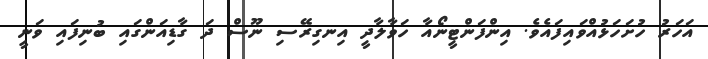
އަހަރު ހުށަހަޅުއްވައިފައެވެ. އިންފަންޓީނޯއާ ހަވާލާދީ އިނގިރޭސި ނޫސް ދަ ގާޑިއަންގައި ބުނިފައި ވަނީ